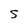
Character: S